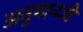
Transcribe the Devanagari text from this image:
अनुमानजी